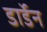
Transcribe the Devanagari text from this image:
डार्डेन